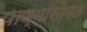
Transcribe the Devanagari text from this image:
पाण्‍यासोबत